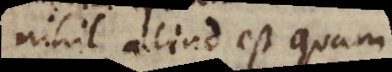
nihil aliud est quam